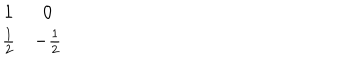
\begin{matrix} { { 1 } } & { { 0 } } \\ { { { \frac { 1 } { 2 } } } } & { { - { \frac { 1 } { 2 } } } } \\ \end{matrix}